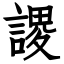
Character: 謖